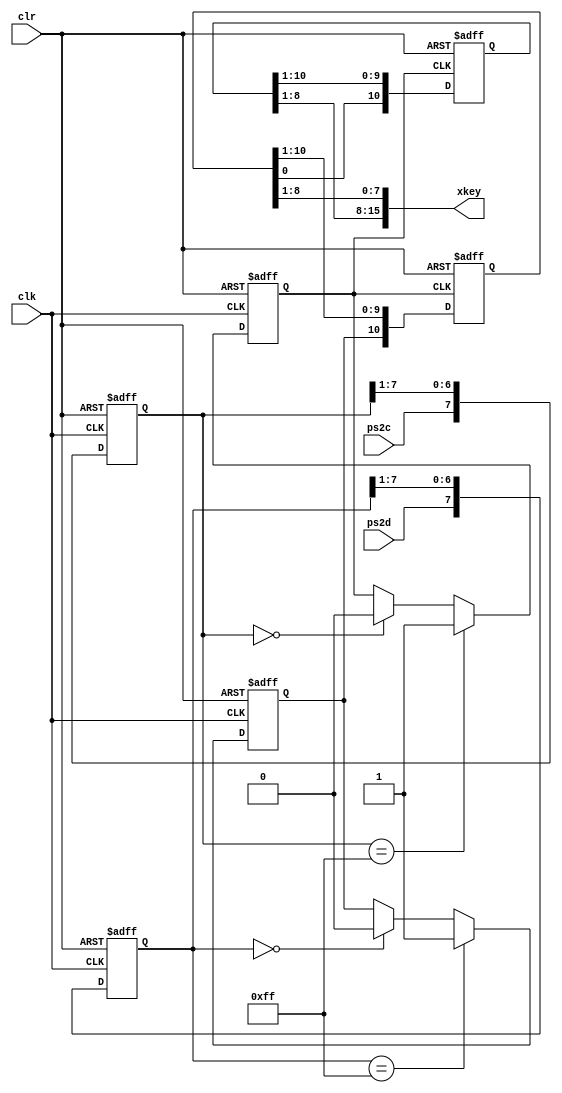
module ps2_receiver(
    input wire clk, clr,
	input wire ps2c, ps2d,
	output wire [15:0] xkey
	);
	reg PS2Cf, PS2Df;
	reg [ 7:0] ps2c_filter, ps2d_filter;
	reg [10:0] shift1, shift2;
	assign xkey = {shift2[8:1], shift1[8:1]};
	always @ (posedge clk or posedge clr)
	begin
		if (clr == 1)
		begin
			ps2c_filter <= 0;
			ps2d_filter <= 0;
			PS2Cf       <= 1;
			PS2Df       <= 1;
		end
		else
		begin
			ps2c_filter <= {ps2c, ps2c_filter[7:1]};
			ps2d_filter <= {ps2d, ps2d_filter[7:1]};
			if (ps2c_filter == 8'b1111_1111)
				PS2Cf <= 1;
			else if (ps2c_filter == 8'b0000_0000)
				PS2Cf <= 0;
			if (ps2d_filter == 8'b1111_1111)
				PS2Df <= 1;
			else if (ps2d_filter == 8'b0000_0000)
				PS2Df <= 0;
		end
	end
	always @ (negedge PS2Cf or posedge clr)
	begin
		if (clr == 1)
		begin
			shift1 <= 0;
			shift2 <= 1;
		end
		else
		begin
			shift1 <= {PS2Df, shift1[10:1]};
			shift2 <= {shift1[0], shift2[10:1]};
		end
	end
endmodule